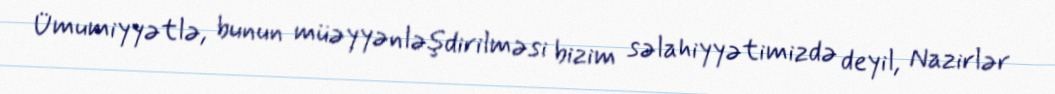
Ümumiyyətlə, bunun müəyyənləşdirilməsi bizim səlahiyyətimizdə deyil, Nazirlər